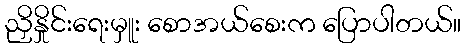
ညှိနှိုင်းရေးမှူး စောအယ်စေးက ပြောပါတယ်။